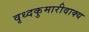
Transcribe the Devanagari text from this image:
वृध्दकुमारीवाक्य